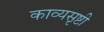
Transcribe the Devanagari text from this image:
काव्यसृष्टी